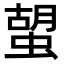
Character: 𧍵